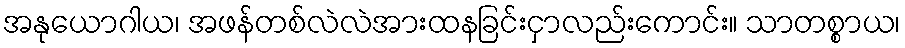
အနုယောဂါယ၊ အဖန်တစ်လဲလဲအားထနခြင်းငှာလည်းကောင်း။ သာတစ္စာယ၊